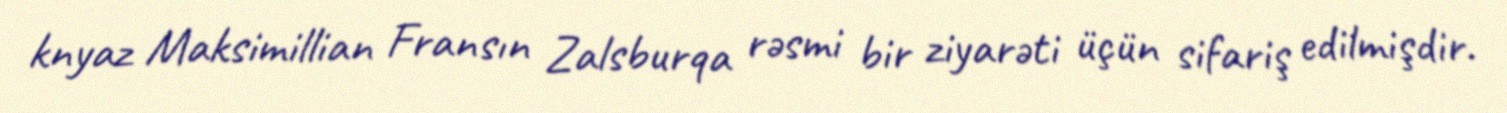
knyaz Maksimillian Fransın Zalsburqa rəsmi bir ziyarəti üçün sifariş edilmişdir.